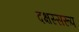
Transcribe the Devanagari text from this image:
दक्षस्सरूप